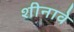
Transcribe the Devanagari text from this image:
शीनावे